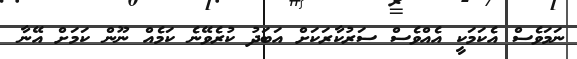
ނަމަވެސް އެކަމަކީ އެއްވެސް ސަރުކާރަކަށް އަބަދު ކުރެވޭނެ ކަމެއް ނޫން ކަމަށް އޭނާ